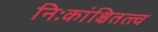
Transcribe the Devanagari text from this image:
निःकांक्षितत्त्व